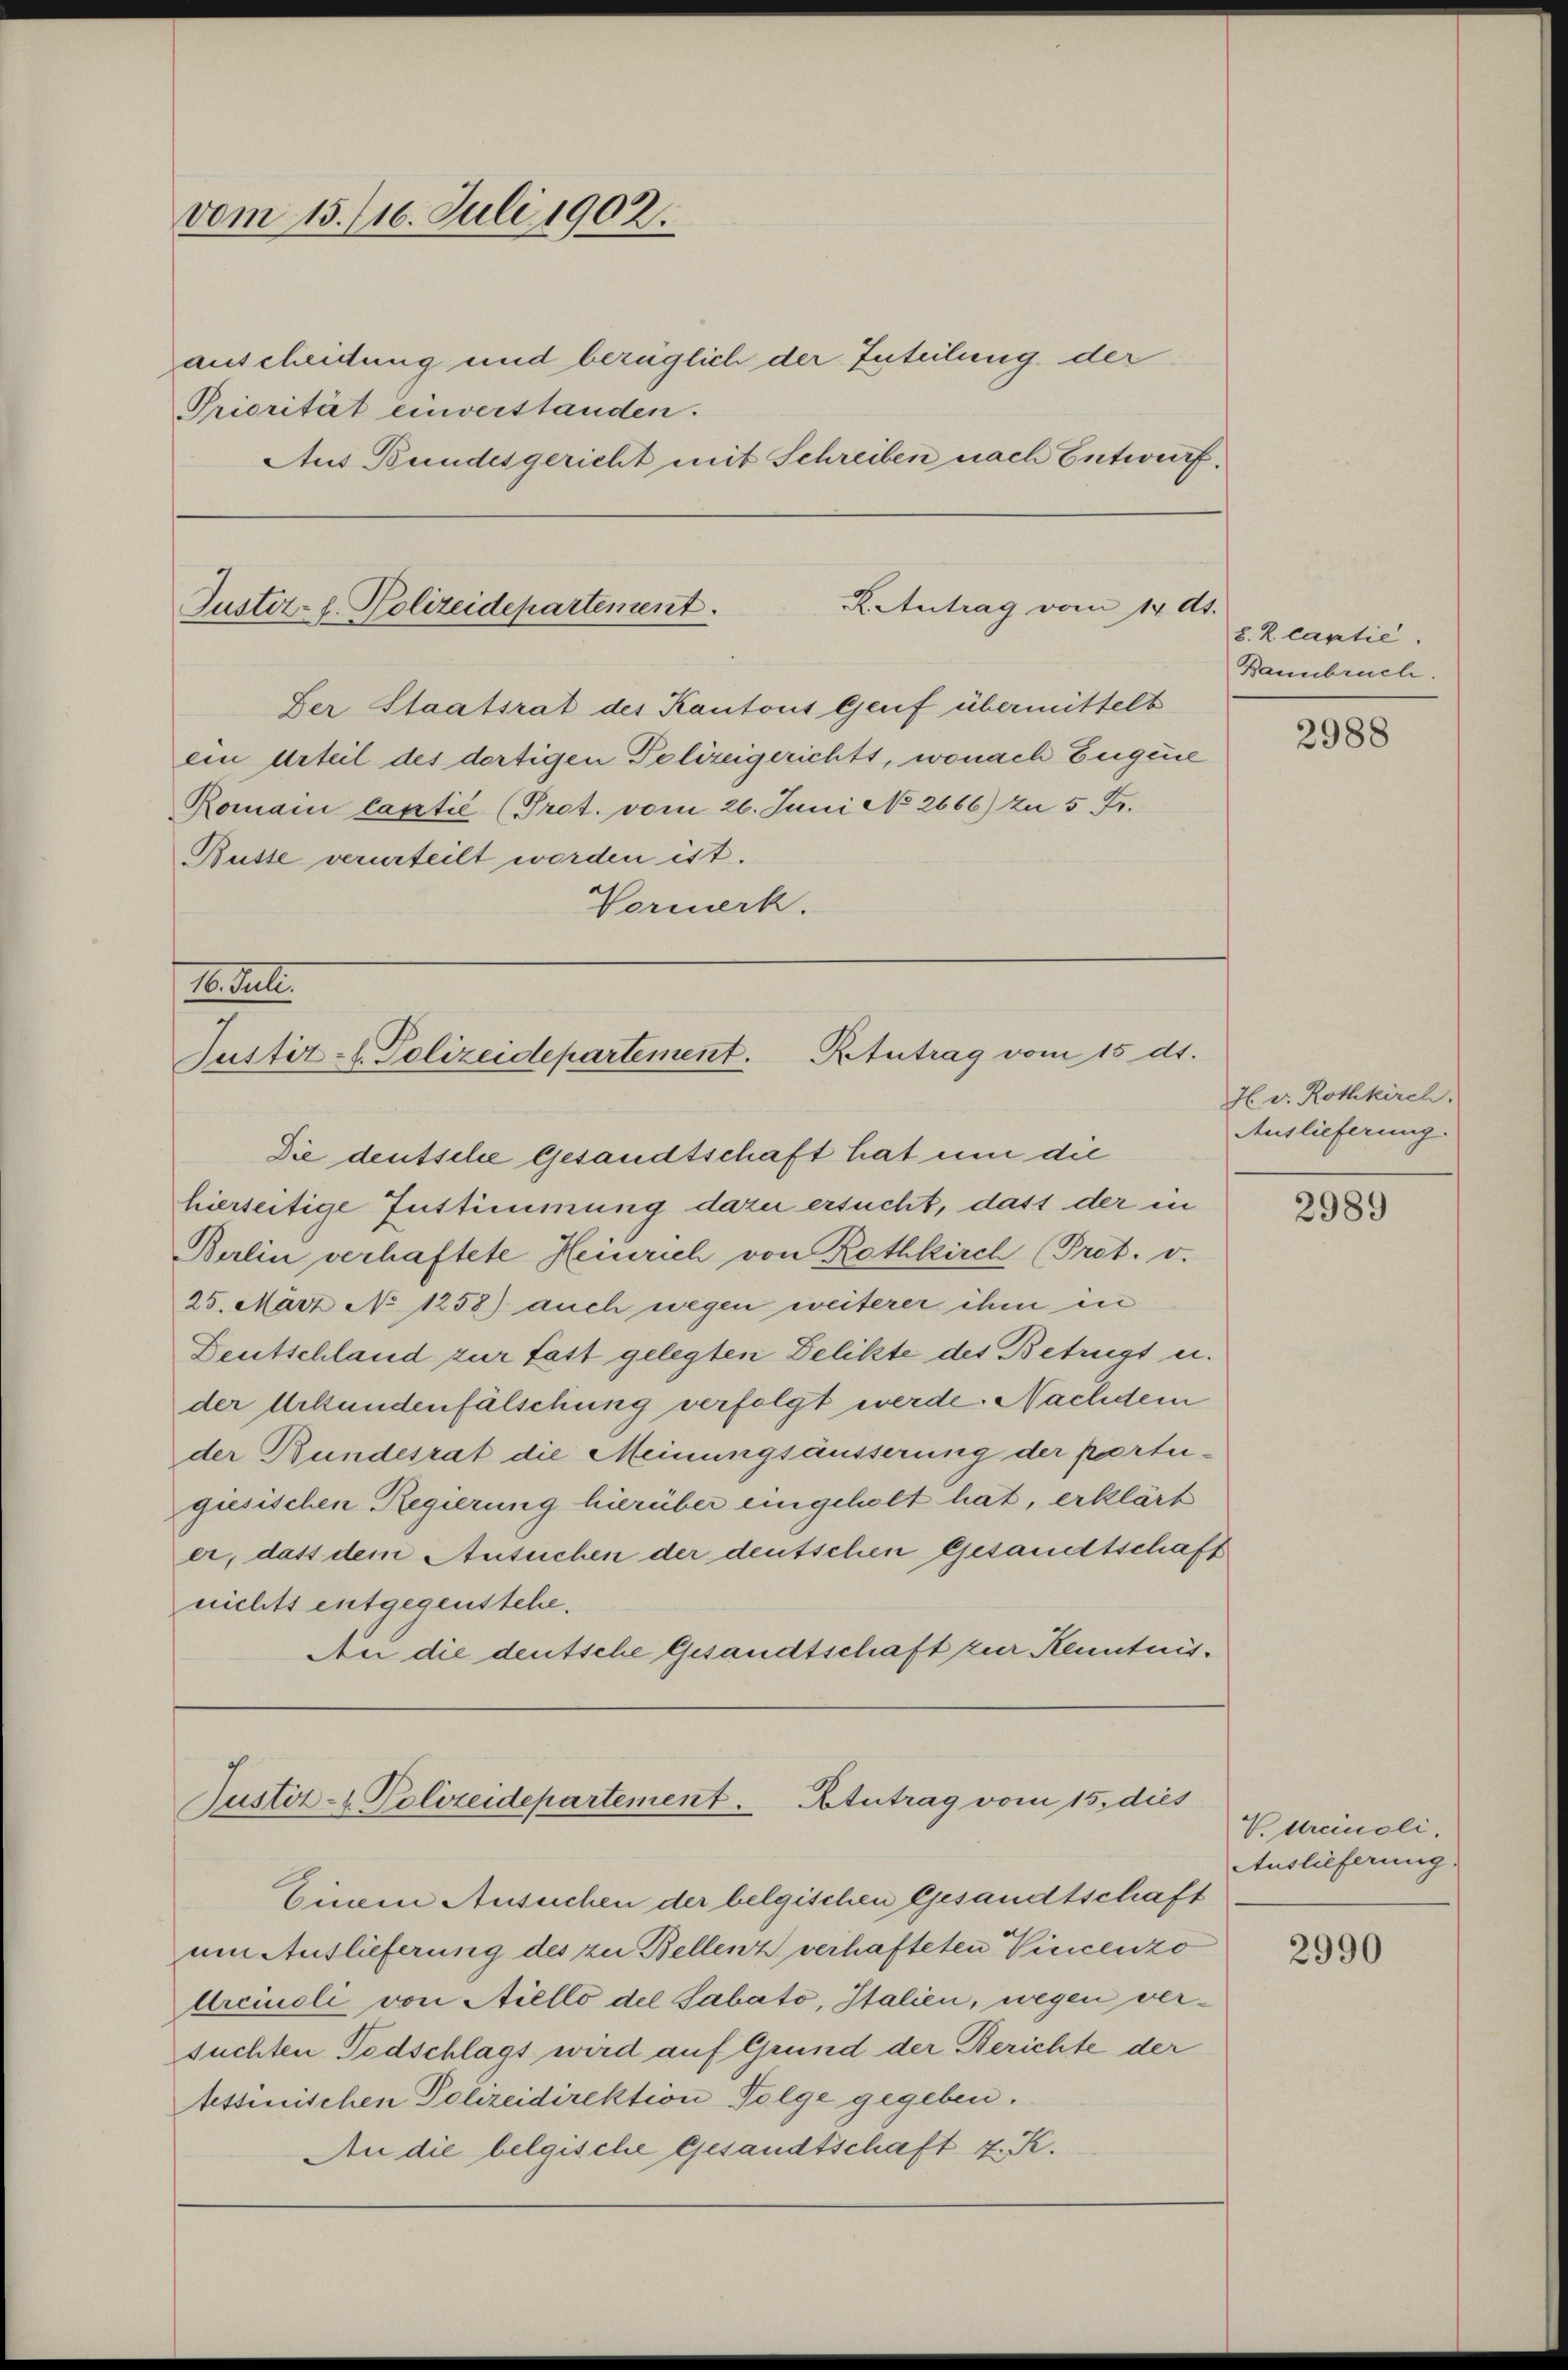
vom 15. 116. Juli 1902.
K.Antrag vom 14. ds.
Justiz-E. Polizeidepartement.

auscheidung und bezüglich der Enteilung der
Priorität einverstanden.
Aus Bundesgericht mit Schreiben nach Entwurf.

Der Staatsrat des Kantons Genf übermittelt
ein Urteil des dortigen Polizeigerichts, wonach Eugene

Romann Captić (Prot. vom 26. Juni No 2666) zu 5 Fr.
Busse verurteilt worden ist.
Vormerk.

1. Pete
Justiz-C. Polizeidepartement. Rtutrag vom 15 dt.
Die deutsche Gesandtschaft hat um die

hierseitige Instimmung dazu ersucht, dass der in
Berlin verhaftete Heinrich von Rothkirch (Pret. v.
25. März No 1258) auch wegen weiterer ihm in
Deutschland zur fast gelegten Delikte des Betrugs u.
der Urkundenfälschung verfolgt werde. Nachdem
der Bundesrat die Meinungsäusserung der partegiesischen Regierung hierüber eingeholt hat, erklärt
er, dass dem Ansuchen der deutschen Gesandtschaft
nichts entgegenstehe.
An die deutsche Gesandtschaft zur Kenntnis¬

Justiz- & Polizeidepartement. Stutrag vom 15. dies

Einem Ansuchen der belgischen Gesandtschaft
um Auslieferung des zu Bellenz verhafteten Vincenzo
Urcinoli von Aiello del Sabato, Italien, wegen versuchten Todschlags wird auf Grund der Berichte der
tessinischen Polizeidirektion Folge gegeben.
An die belgische Gesandtschaft z. K.

8. R. captie
Bannbruch.

2988

H v. Rothkirch.
Auslieferung.

2989

V. Urcinoli
Auslieferung.

2990